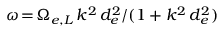
\omega \! = \! \Omega _ { e , L } \, k ^ { 2 } \, d _ { e } ^ { 2 } / ( 1 + k ^ { 2 } \, d _ { e } ^ { 2 } )